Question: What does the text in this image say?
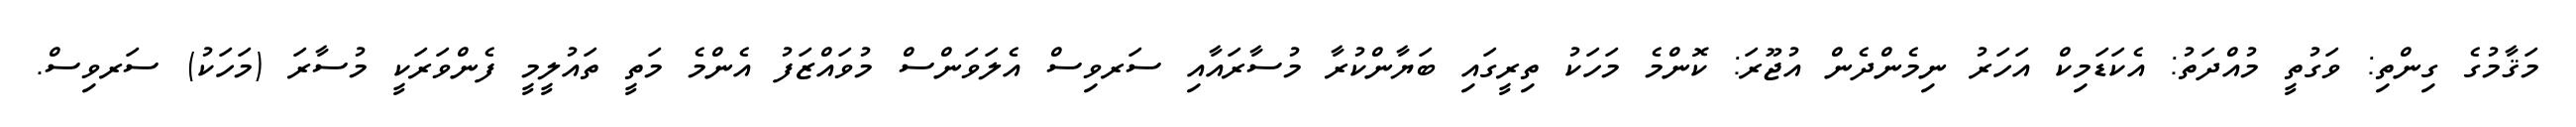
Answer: މަޤާމުގެ ގިންތި: ވަގުތީ މުއްދަތު: އެކަޑަމިކް އަހަރު ނިމެންދެން އުޖޫރަ: ކޮންމެ މަހަކު ތިރީގައި ބަޔާންކުރާ މުސާރައާއި ސަރވިސް އެލަވަންސް މުވައްޒަފު އެންމެ މަތީ ތައުލީމީ ފެންވަރަކީ މުސާރަ (މަހަކު) ސަރވިސް.